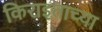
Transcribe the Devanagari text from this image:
किराइताच्या